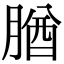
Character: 𦝱